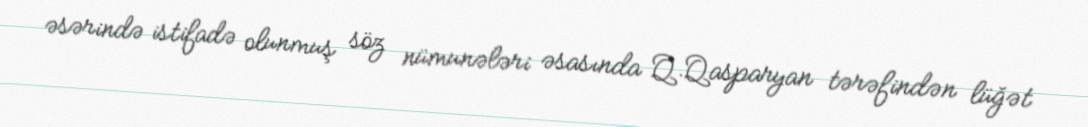
əsərində istifadə olunmuş söz nümunələri əsasında Q.Qasparyan tərəfindən lüğət